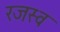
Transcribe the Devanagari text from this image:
रजस्व